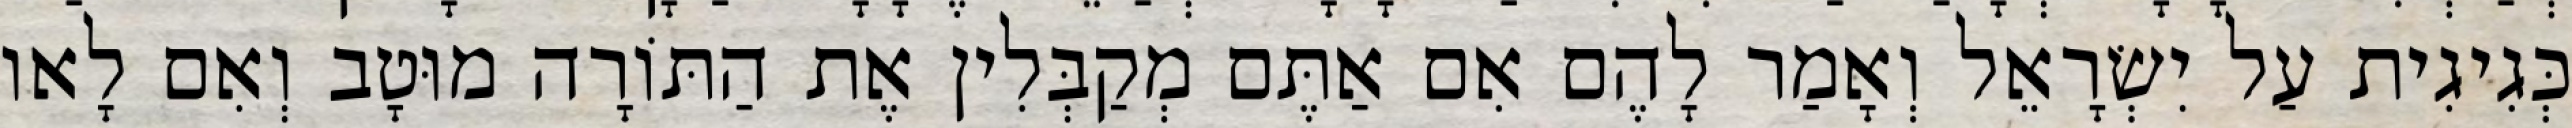
כְּגִיגִית עַל יִשְׂרָאֵל וְאָמַר לָהֶם אִם אַתֶּם מְקַבְּלִין אֶת הַתּוֹרָה מוּטָב וְאִם לָאו